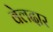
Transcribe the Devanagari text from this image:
वेलदार